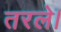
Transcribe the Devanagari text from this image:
तरले।